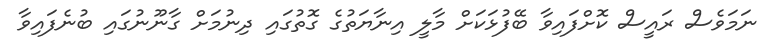
ނަމަވެސް ރައީސް ކޮށްފައިވާ ބޭފުޅަކަށް މާލީ އިނާޔަތުގެ ގޮތުގައި ދިނުމަށް ގާނޫނުގައި ބުނެފައިވާ